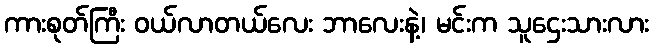
ကားစုတ်ကြီး ဝယ်လာတယ်လေး ဘာလေးနဲ့၊ မင်းက သူဌေးသားလား